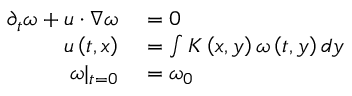
\begin{array} { r l } { \partial _ { t } \omega + u \cdot \nabla \omega } & { { } = 0 } \\ { u \left( t , x \right) } & { { } = \int K \left( x , y \right) \omega \left( t , y \right) d y } \\ { \omega | _ { t = 0 } } & { { } = \omega _ { 0 } } \end{array}